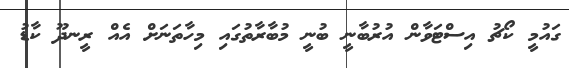
ގައުމީ ކޯޗު އިސްޓަވާން އުރުބާނީ ބުނީ މުބާރާތުގައި މިހާތަނަށް އެއް ރީނދޫ ކާޑު